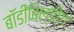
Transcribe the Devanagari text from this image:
बॉडीबिल्डींग